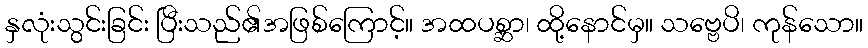
နှလုံးသွင်းခြင်း ပြီးသည်၏အဖြစ်ကြောင့်။ အထပစ္ဆာ၊ ထို့နောင်မှ။ သဗ္ဗေပိ၊ ကုန်သော။